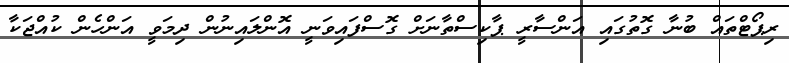
ރިޕޯޓްތައް ބުނާ ގޮތުގައި އަންސާރީ ޕާކިސްތާނަށް ގޮސްފައިވަނީ އޮންލައިނުން ދިމަވީ އަންހެން ކުއްޖަކާ